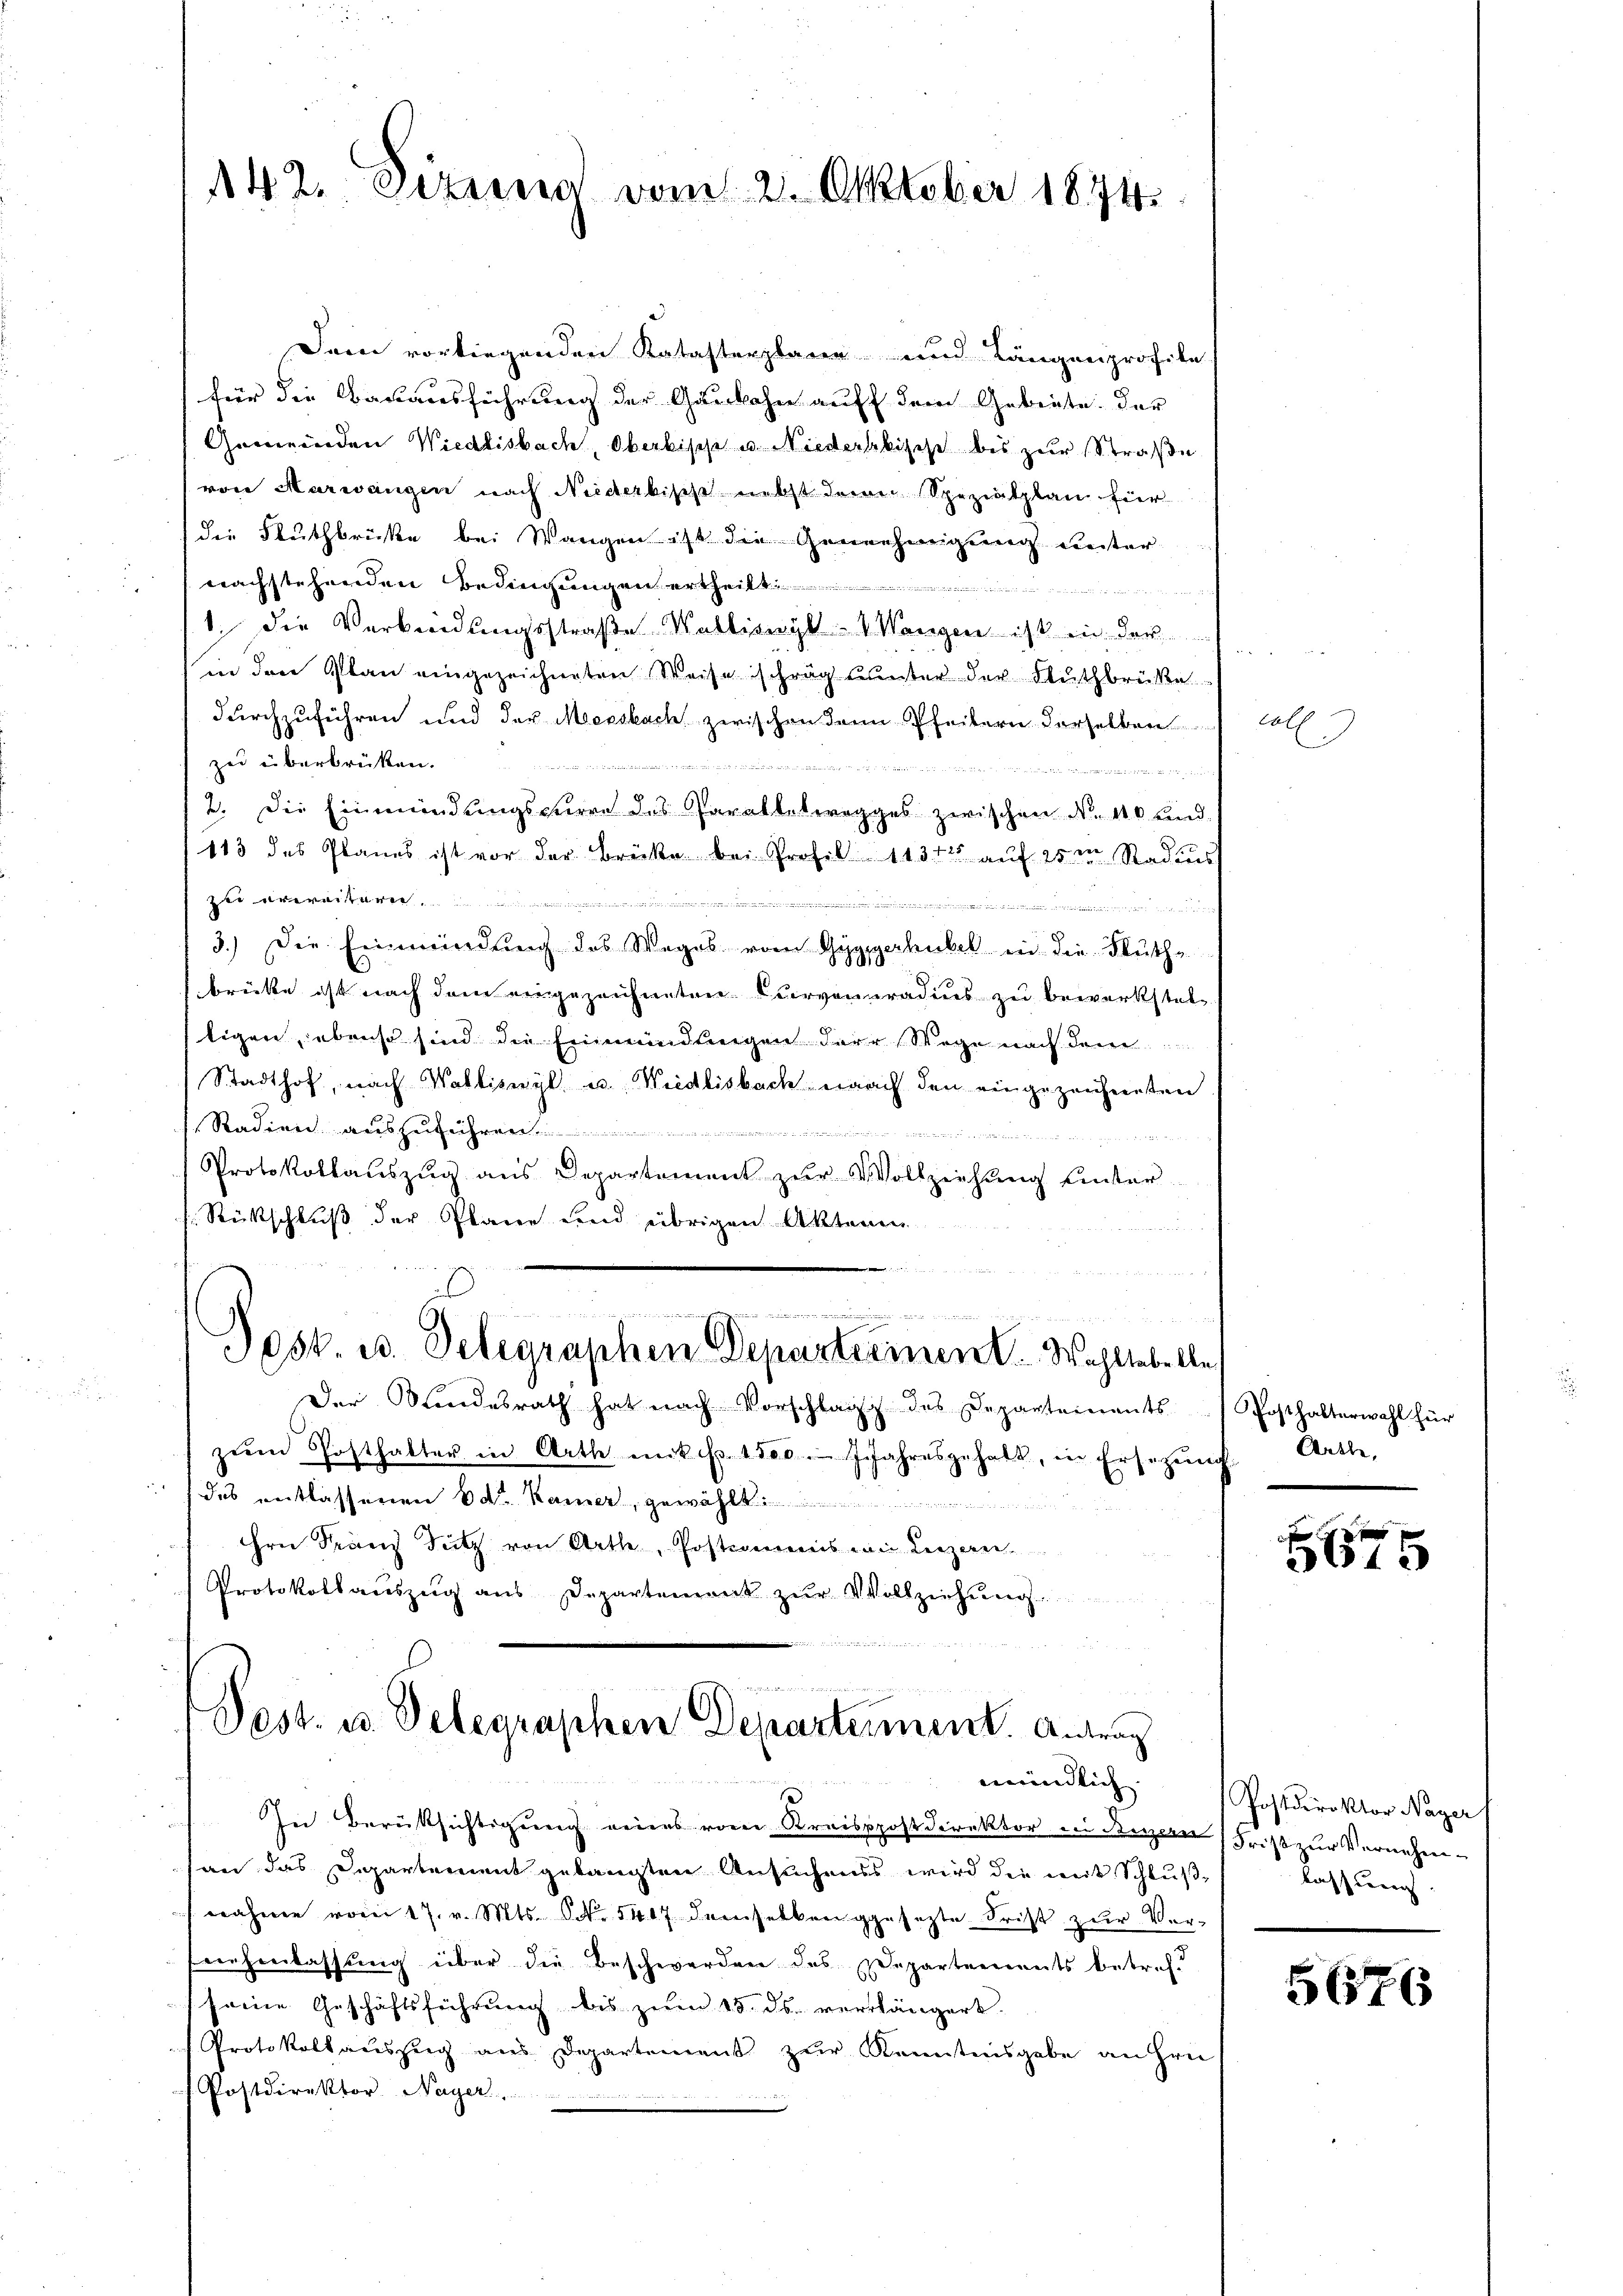
142. Peten vom 2. Oktober 1874.

Dem vorliegenden Katasterplaren und Längenprofile
für die Bauausführung der Gaubahn auff dem Gebiete. Der
Gemeinden Wiedlisbach, Oberkische u. Niederkbische bis zur Straße
von Marwangen nach Niederbisch nebst dann Spezialplan für
die Fluthbrücke bei Wangen ist die Genehmigung unter
nachstehenden Bedingungen ertheilt.

1. Die Verbindungsstraße Kalliswyl - Wangen ist in der
in den Plan eingezeichneten Weise schräg unter der Muthbrüke
durchzuführen und der Mersbach zwischen dann Pfeitern derselben
zu überbrücken.
minister ein ein mit seitet weiten denen einen ver

2. Die Einmündungsparre des Parallelwegges zwischen N. 110 und
113 des Planes ist vor der Brücke bei Profil 11311 auf 25 Radiuss
dee erweitern..........

3.) Die Einwindung des Weges vom Geg
gerhübel in die Muthbrückte ist nach dem eingezeichneten Curvenuradius zu bewerksteltigen, ebenso sind die Einmündlingen der Wege nach dem
Stadthof, nach Walliswyl u. Wiedlisbach nach den eingezeichneten
Radien auszuführen.
Protokollauszug aus Departement zur Wollziehung unter
s. Rückschluß der Plane und übrigen Aktenen

.
.
u
.
Josk. u. Telegraphen Departeriment. Wahllebelle
Der Kindesrath hat nach Vorschlag des Departements Posthalterwahl für
zŭm Posthalter in Arth mit pr. 1500. Jahresgehalt, in Ersezŭng Arthe,
des entlassenen 6 dr. Kamer, gewählt:
ihre Franz Sutz von Arthe, Postimmens wie Leizeren.
Protokollaŭszŭg ans Departement zŭr Vollziehŭng.

d
.
Pest. u. Delegraphen Departement. Andrech
mündlich.

In Berüksichtigung eines vom Kreisppostdirektor in Buzern Frist zur Vernehm-
an das Departement gelangten Ansuchens wird die mit Schlußnahme vom 17. v. Mts. No 5417 denselben gesezte Frist zur Ver-
nehmlassŭng über die Beschwerden des Departements betref
seine Geschäftsführung bis zum 15. ds. verlängert.
Protokollauszug aus Departement zŭr Kenntnisgabe an Hrn
Postdirektor, Nayer.

coll

xx
31

Postdirektor Nager
lassung

5676